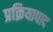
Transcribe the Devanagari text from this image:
प्रक्रियापाद